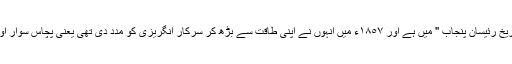
جس کو درباری انگریزی میں کرسی ملتی تھی اور جن کا ذکر مسٹر گریفن صاحب کی '' تاریخ رئیسان پنجاب '' میں ہے اور ١٨٥٧ء میں انہوں نے اپنی طاقت سے بڑھ کر سرکار انگریزی کو مدد دی تھی یعنی پچاس سوار اور گھوڑے بہم پہنچا کر عین زمانہ غدر کے وقت سرکار انگریزی کی امداد میں دئیے تھے۔